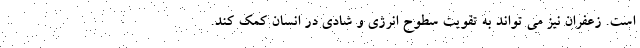
است. زعفران نیز می تواند به تقویت سطوح انرژی و شادی در انسان کمک کند.